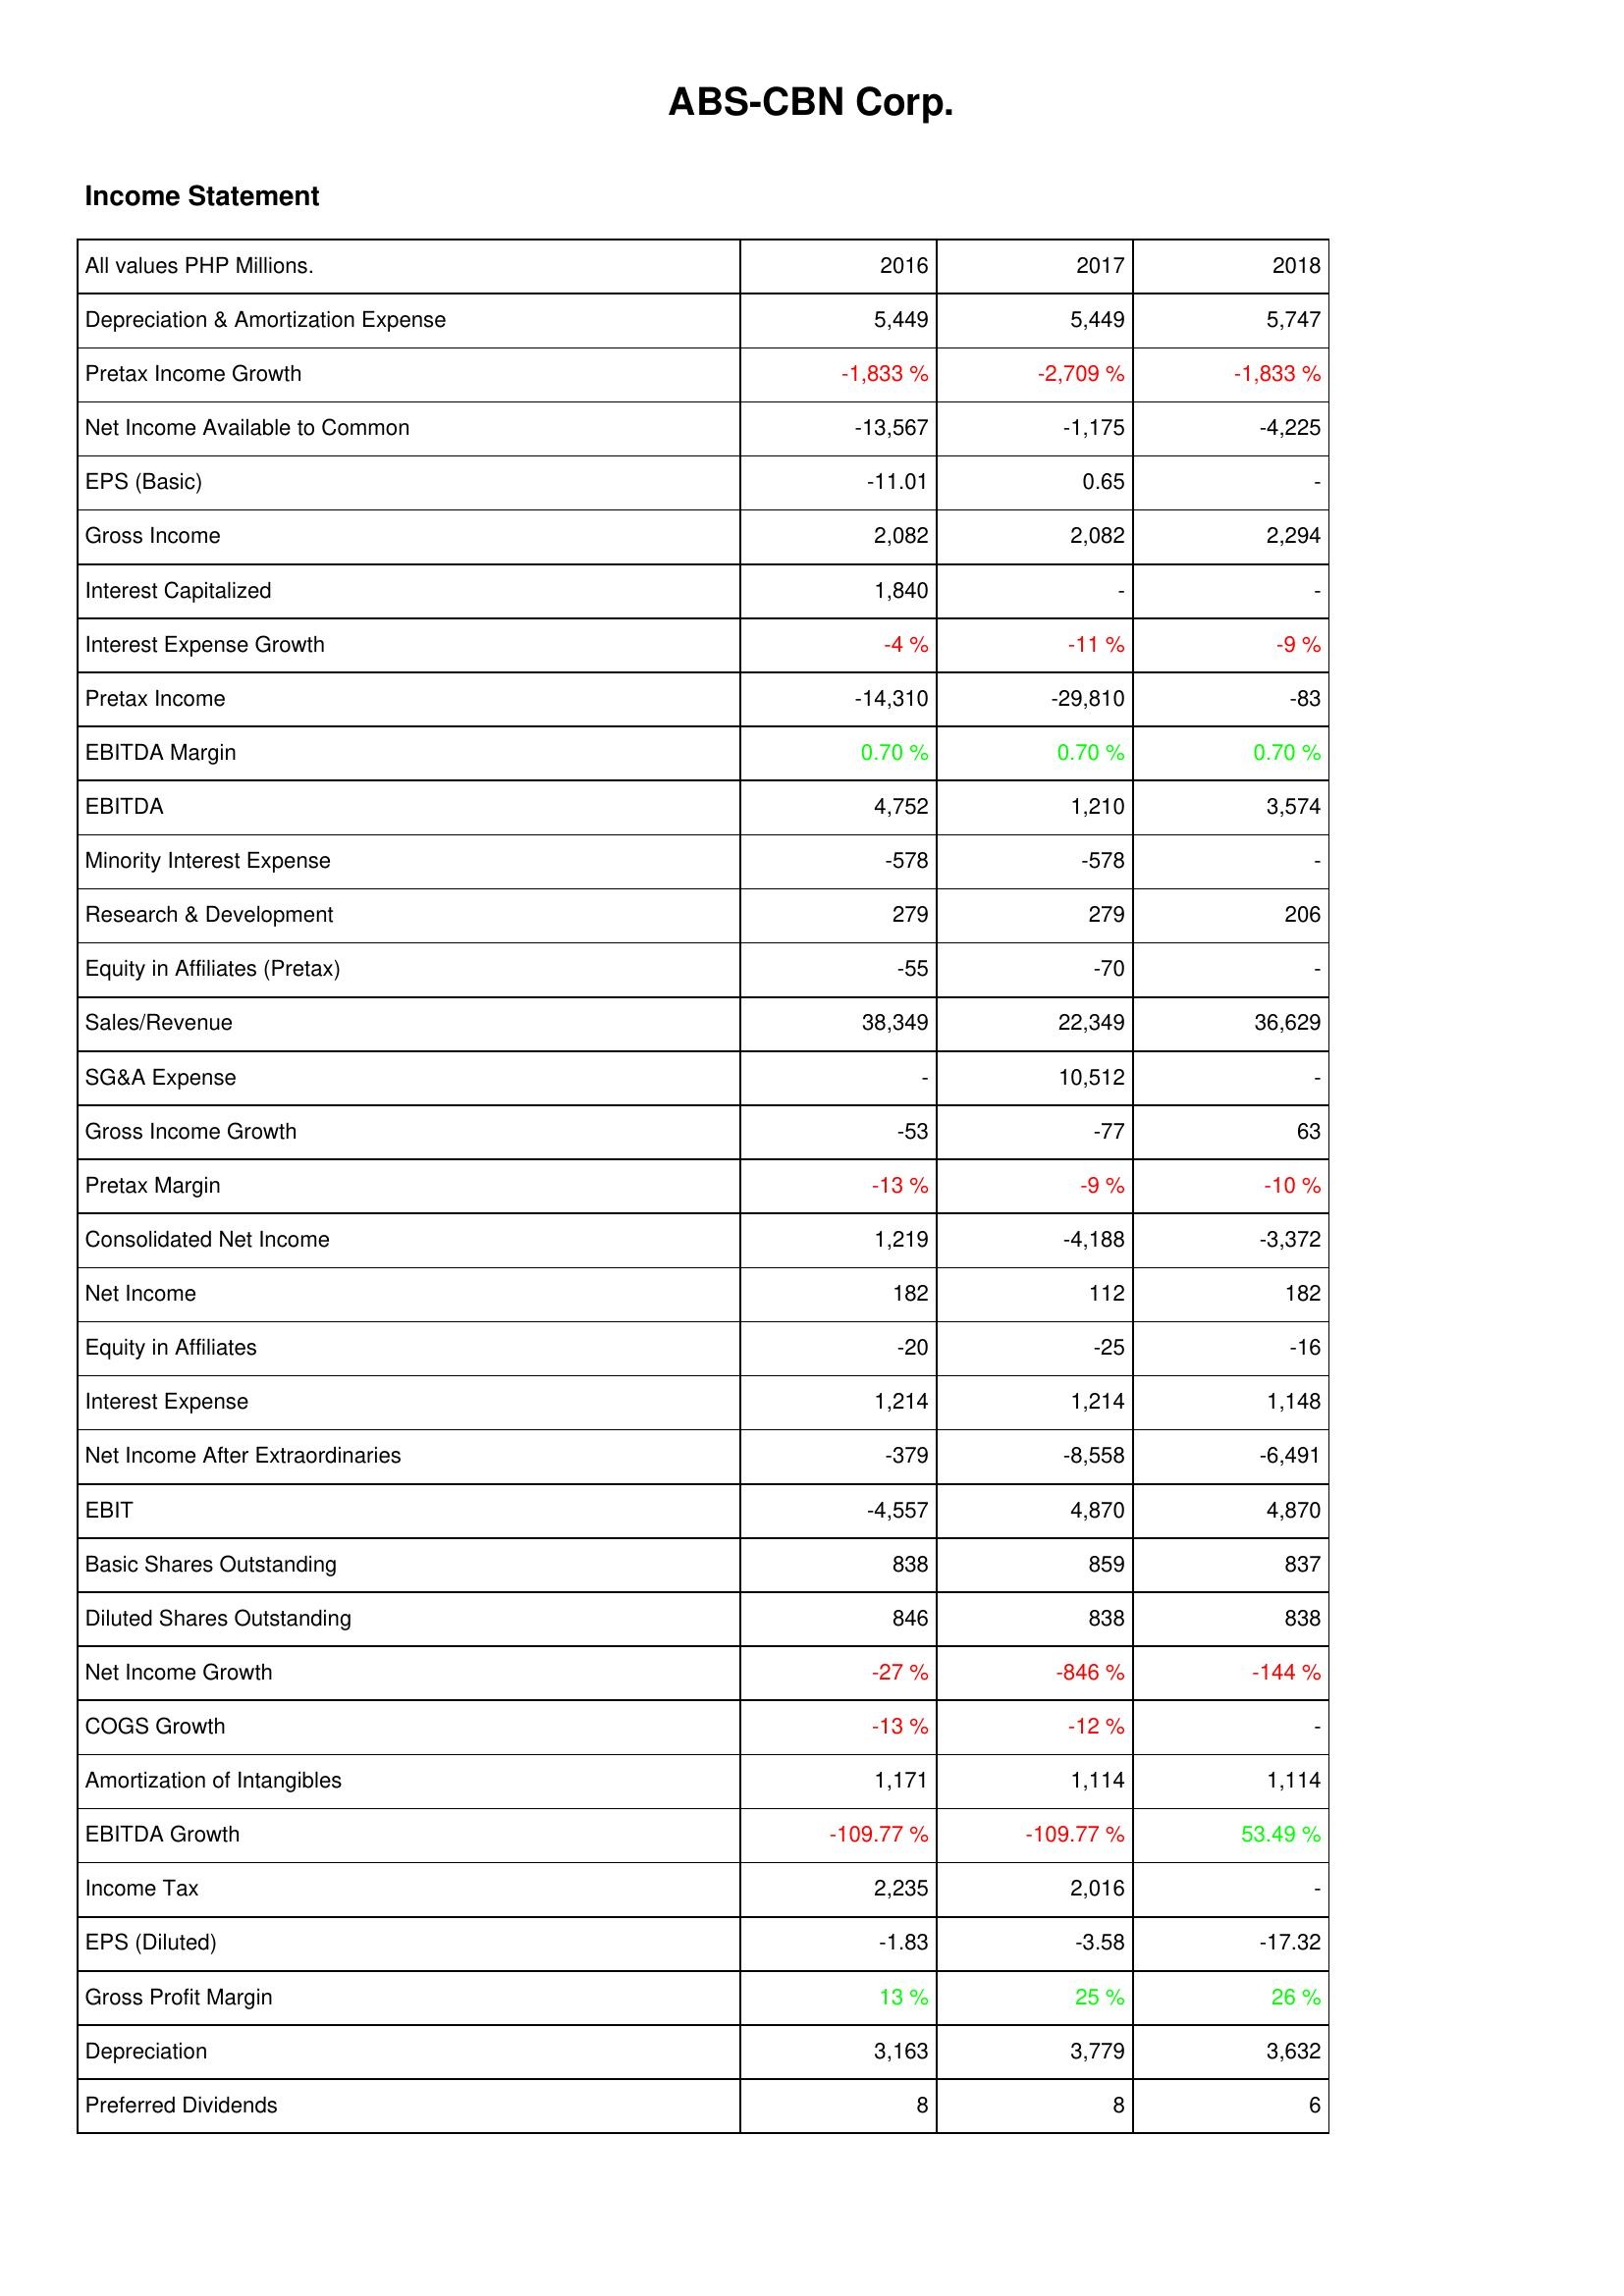
2016: Income Statement: Depreciation & Amortization Expense: 5,449
Pretax Income Growth: -1,833 %
Net Income Available to Common: -13,567
EPS (Basic): -11.01
Gross Income: 2,082
Interest Capitalized: 1,840
Interest Expense Growth: -4 %
Pretax Income: -14,310
EBITDA Margin: 0.70 %
EBITDA: 4,752
Minority Interest Expense: -578
Research & Development: 279
Equity in Affiliates (Pretax): -55
Sales/Revenue: 38,349
SG&A Expense: -
Gross Income Growth: -53
Pretax Margin: -13 %
Consolidated Net Income: 1,219
Net Income: 182
Equity in Affiliates: -20
Interest Expense: 1,214
Net Income After Extraordinaries: -379
EBIT: -4,557
Basic Shares Outstanding: 838
Diluted Shares Outstanding: 846
Net Income Growth: -27 %
COGS Growth: -13 %
Amortization of Intangibles: 1,171
EBITDA Growth: -109.77 %
Income Tax: 2,235
EPS (Diluted): -1.83
Gross Profit Margin: 13 %
Depreciation: 3,163
Preferred Dividends: 8
2017: Income Statement: Depreciation & Amortization Expense: 5,449
Pretax Income Growth: -2,709 %
Net Income Available to Common: -1,175
EPS (Basic): 0.65
Gross Income: 2,082
Interest Capitalized: -
Interest Expense Growth: -11 %
Pretax Income: -29,810
EBITDA Margin: 0.70 %
EBITDA: 1,210
Minority Interest Expense: -578
Research & Development: 279
Equity in Affiliates (Pretax): -70
Sales/Revenue: 22,349
SG&A Expense: 10,512
Gross Income Growth: -77
Pretax Margin: -9 %
Consolidated Net Income: -4,188
Net Income: 112
Equity in Affiliates: -25
Interest Expense: 1,214
Net Income After Extraordinaries: -8,558
EBIT: 4,870
Basic Shares Outstanding: 859
Diluted Shares Outstanding: 838
Net Income Growth: -846 %
COGS Growth: -12 %
Amortization of Intangibles: 1,114
EBITDA Growth: -109.77 %
Income Tax: 2,016
EPS (Diluted): -3.58
Gross Profit Margin: 25 %
Depreciation: 3,779
Preferred Dividends: 8
2018: Income Statement: Depreciation & Amortization Expense: 5,747
Pretax Income Growth: -1,833 %
Net Income Available to Common: -4,225
EPS (Basic): -
Gross Income: 2,294
Interest Capitalized: -
Interest Expense Growth: -9 %
Pretax Income: -83
EBITDA Margin: 0.70 %
EBITDA: 3,574
Minority Interest Expense: -
Research & Development: 206
Equity in Affiliates (Pretax): -
Sales/Revenue: 36,629
SG&A Expense: -
Gross Income Growth: 63
Pretax Margin: -10 %
Consolidated Net Income: -3,372
Net Income: 182
Equity in Affiliates: -16
Interest Expense: 1,148
Net Income After Extraordinaries: -6,491
EBIT: 4,870
Basic Shares Outstanding: 837
Diluted Shares Outstanding: 838
Net Income Growth: -144 %
COGS Growth: -
Amortization of Intangibles: 1,114
EBITDA Growth: 53.49 %
Income Tax: -
EPS (Diluted): -17.32
Gross Profit Margin: 26 %
Depreciation: 3,632
Preferred Dividends: 6